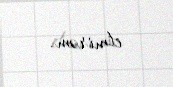
etmirəm.